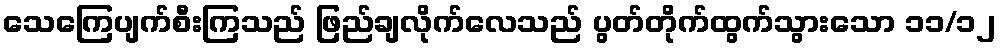
သေကြေပျက်စီးကြသည် ဖြည်ချလိုက်လေသည် ပွတ်တိုက်ထွက်သွားသော ၁၁/၁၂